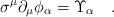
\begin{align*}\sigma^\mu \partial_\mu \phi_\alpha = \Upsilon_\alpha\quad.\end{align*}